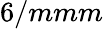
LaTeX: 6/mmm